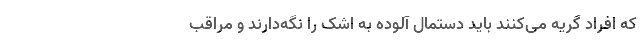
که افراد گریه می‌کنند باید دستمال آلوده به اشک را نگه‌دارند و مراقب